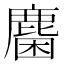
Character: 𪊽